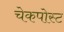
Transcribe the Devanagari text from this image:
चेकपोस्‍ट